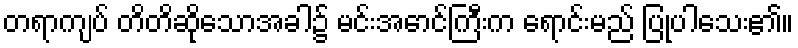
တရာကျပ် တိတိဆိုသောအခါ၌ မင်းအောင်ကြီးက ရောင်းမည် ပြုပါသေး၏။